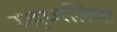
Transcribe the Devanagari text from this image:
म्हणतिया